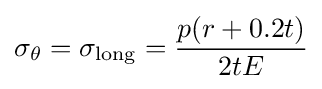
\sigma _{\theta }=\sigma _{\rm {long}}={\frac {p(r+0.2t)}{2tE}}